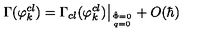
\Gamma ( \varphi _ { k } ^ { c l } ) = \Gamma _ { c l } ( \varphi _ { k } ^ { c l } ) \big | _ { \hat { \Phi } = 0 \atop q = 0 } + O ( \hbar )